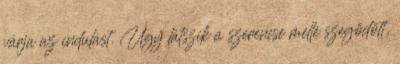
várja az indulást. Úgy látszik a szerencse mellé szegődött,